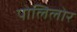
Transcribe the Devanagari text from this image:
पोलिलोर